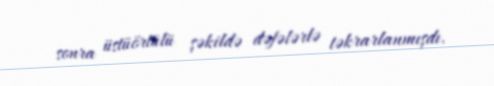
sonra üstüörtülü şəkildə dəfələrlə təkrarlanmışdı.